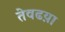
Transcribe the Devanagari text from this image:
तेवढय़ा